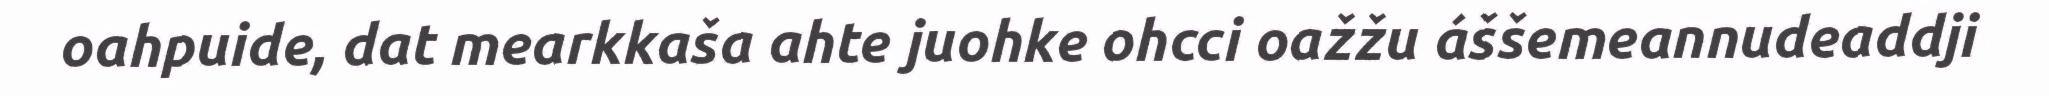
oahpuide, dat mearkkaša ahte juohke ohcci oažžu áššemeannudeaddji